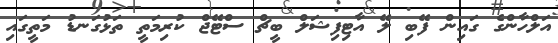
އަލްހާންގެ ގައިން ފޭބި ލޭ އާޓިފިޝަލް ބީޗް ސްޓޭޖް ކުރިމަތީ ތަޅުގަނޑު މަތީގައި